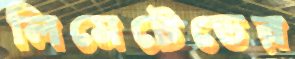
লিমেটেডের